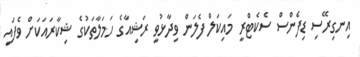
އިނގިރޭސި ޑިފެންސް ސެކެޓްރީ މައިކަލް ފެލަން ވިދާޅުވީ ރަޝިއާގެ ހަމަލާތަކުގެ ޝިކާރައަކަށް ވެފައި